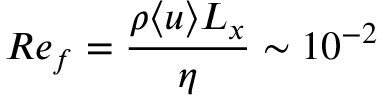
R e _ { f } = \frac { \rho \langle u \rangle L _ { x } } { \eta } \sim 1 0 ^ { - 2 }